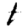
Digit: 1